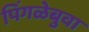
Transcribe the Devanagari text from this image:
पिंगळेबुवा